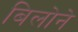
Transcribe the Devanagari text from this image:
बिलोने